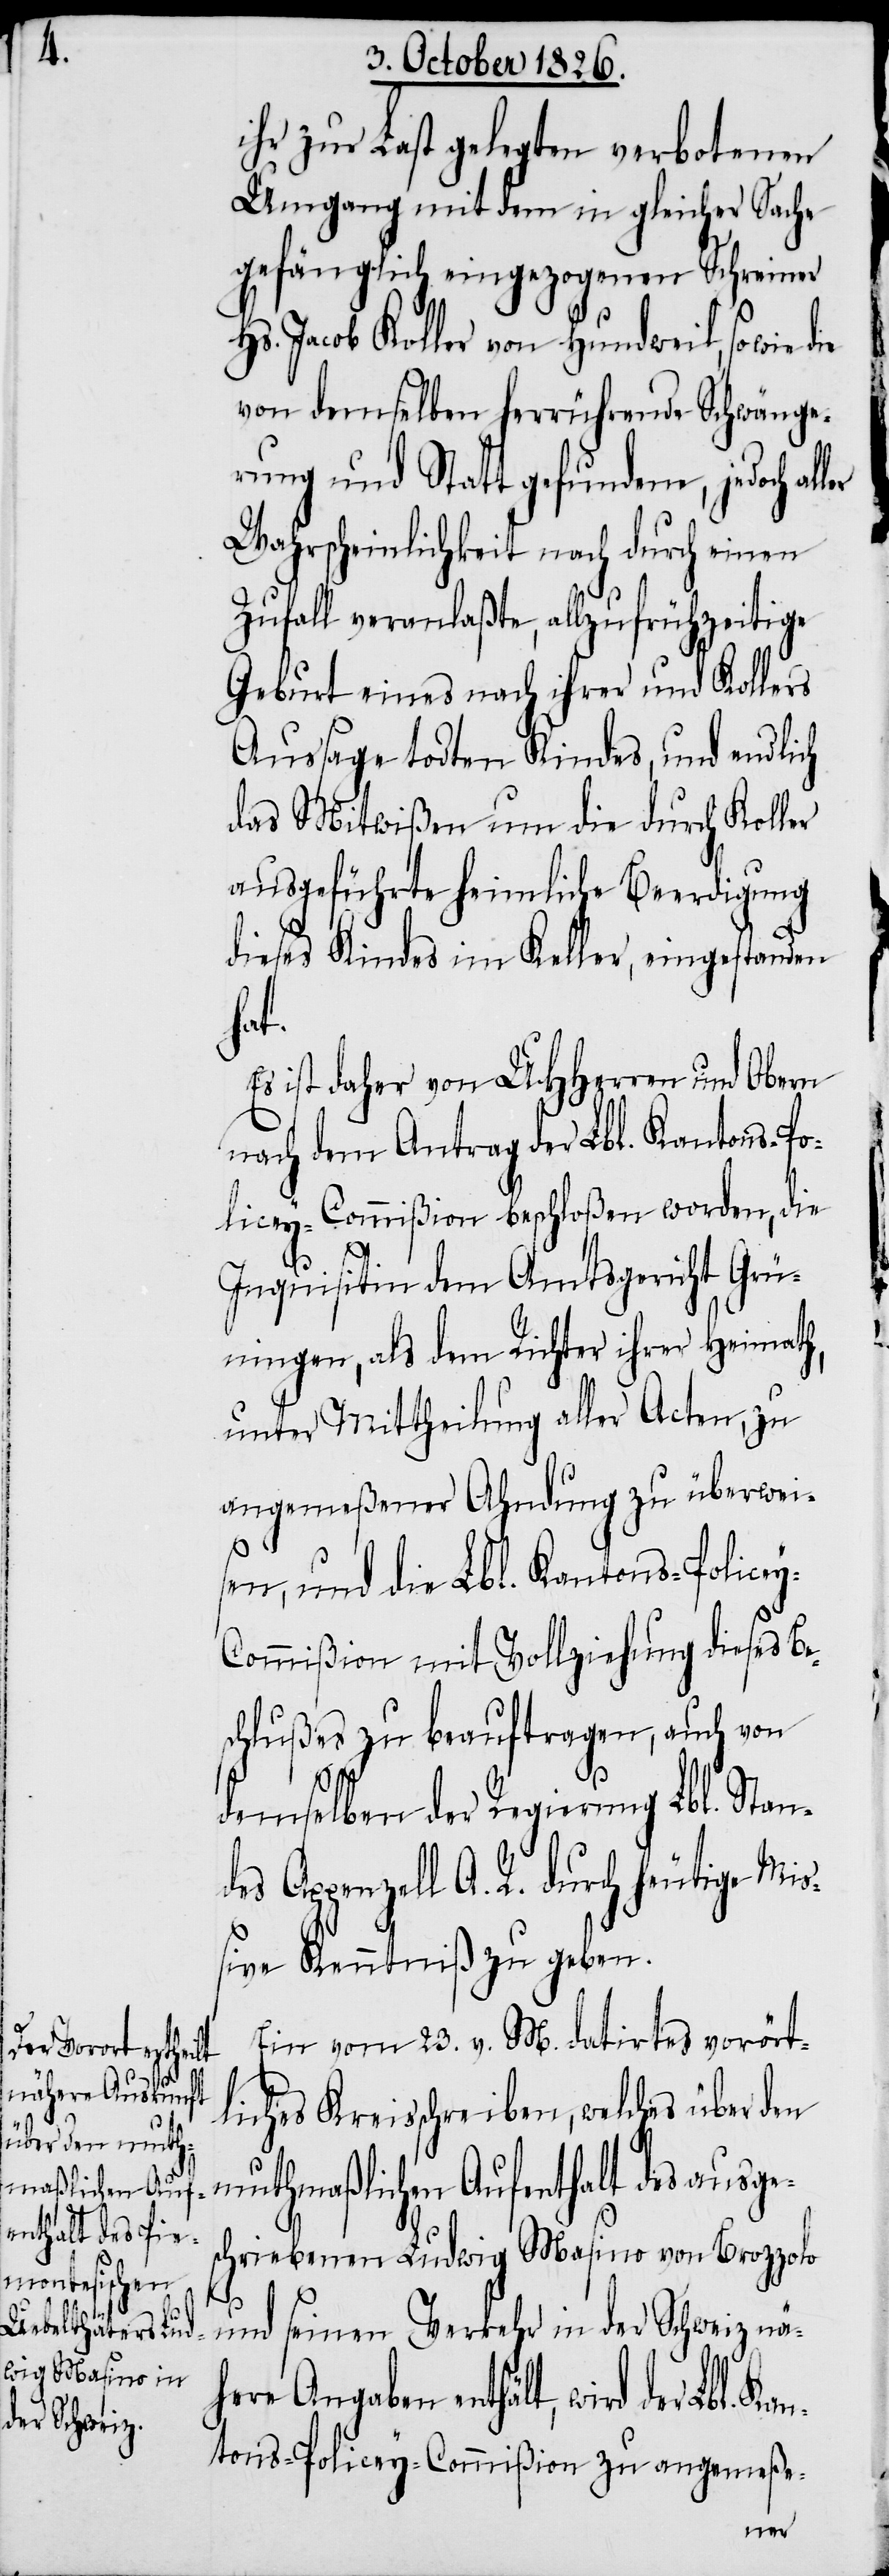
s¬

ihr zur Last gelegten verbotenen
Umgang mit dem in gleicher Sache
gefänglich eingezogenen Schreiner
Hs. Jacob Koller von Hundweil, so wie
von demselben herrührende Schwänge¬
rung und Statt gefundene, jedoch al¬
Wahrscheinlichkeit nach durch einen
Zufall veranlaßte, allzufrühzeitige
Geburt eines nach ihrer und Kollers
Aussage todten Kindes, und endlich
das Mitwißen um die durch Koller
ausgeführte heimliche Beerdigung
dieses Kindes im Keller, eingestanden
here
Es ist daher von MHHerren und Obern
nach dem Antrag der Lbl. Kantons-Po¬
licey-Commißion beschloßen worden, die
Inquisition dem Amtsgericht Grü¬
ningen, als dem Richter ihrer Heimath,
unter Mittheilung aller Acten, zu
angemeßener Ahndung zu überwei¬
sen, und die Lbl. Kantons-Police¬
ommißion mit Vollziehung dieses Be¬
schlußes zu beauftragen, auch von
y-C¬
demselben der Regierung Lbl. Stand¬
es Appenzell A. R. durch heutige Mi¬
ßive Kenntniß zu geben.
Ein vom 23. v. M. datirtes vorört¬
liches Kreisschreiben, welches über den
muthmaßlichen Aufenthalt des ausge¬
chriebenen Ludwig Masino von Brozzolo
und seinen Verkehr in der Schweiz nä¬
Angaben enthält, wird der Lbl. Ka¬
ntons-Policey-Commißion zu angemeße-
ler